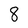
Character: 8